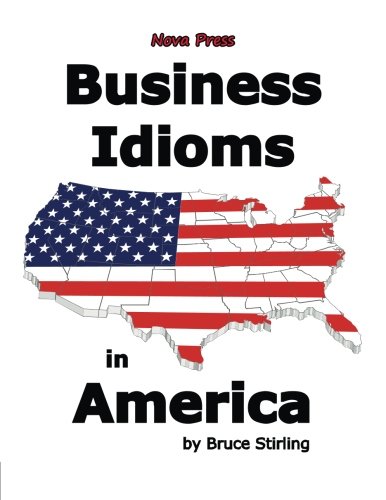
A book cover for Business Idioms in America; Bruce Stirling; Test Preparation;